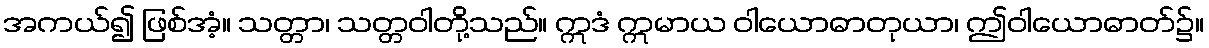
အကယ်၍ ဖြစ်အံ့။ သတ္တာ၊ သတ္တဝါတို့သည်။ ဣဒံ ဣမာယ ဝါယောဓာတုယာ၊ ဤဝါယောဓာတ်၌။